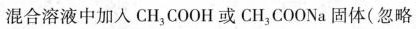
混合溶液中加入 CH_{3}COOH 或 CH_{3}COONa 固体(忽略